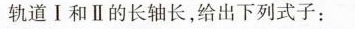
轨道I和Ⅱ的长轴长，给出下列式子：